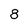
Character: 8